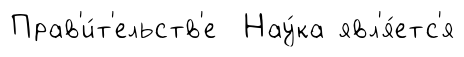
Прав'и́т'ельств'е Нау́ка явл'я́етс'я